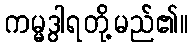
ကမ္မဒွါရတို့မည်၏။